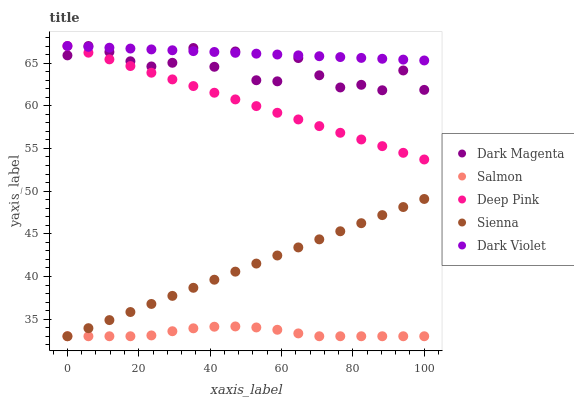
| xaxis_label | Dark Magenta | Salmon | Deep Pink | Sienna | Dark Violet |
 | --- | --- | --- | --- | --- | --- |
 | 0 | 65.9 | 33 | 67 | 33 | 67 |
 | 5.88 | 67 | 33 | 66.2 | 33.9 | 66.9 |
 | 11.8 | 66.3 | 33 | 65.4 | 34.9 | 66.8 |
 | 17.6 | 65.2 | 33 | 64.7 | 35.8 | 66.7 |
 | 23.5 | 64.6 | 33.1 | 63.9 | 36.8 | 66.6 |
 | 29.4 | 65 | 33.6 | 63.1 | 37.7 | 66.5 |
 | 35.3 | 66.8 | 33.9 | 62.3 | 38.7 | 66.4 |
 | 41.2 | 64.6 | 34.1 | 61.5 | 39.6 | 66.3 |
 | 47.1 | 66.4 | 34.2 | 60.7 | 40.6 | 66.2 |
 | 52.9 | 63 | 34 | 60 | 41.5 | 66.1 |
 | 58.8 | 62.9 | 33.8 | 59.2 | 42.5 | 66 |
 | 64.7 | 65.6 | 33.3 | 58.4 | 43.4 | 65.9 |
 | 70.6 | 63.6 | 33 | 57.6 | 44.4 | 65.8 |
 | 76.5 | 62.1 | 33 | 56.8 | 45.3 | 65.7 |
 | 82.4 | 62.5 | 33 | 56.1 | 46.2 | 65.6 |
 | 88.2 | 61.8 | 33 | 55.3 | 47.2 | 65.5 |
 | 94.1 | 64.1 | 33 | 54.5 | 48.1 | 65.4 |
 | 100 | 61.9 | 33 | 53.7 | 49.1 | 65.3 |